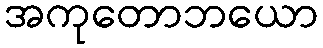
အကုတောဘယော